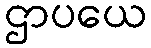
ဌာပယေ